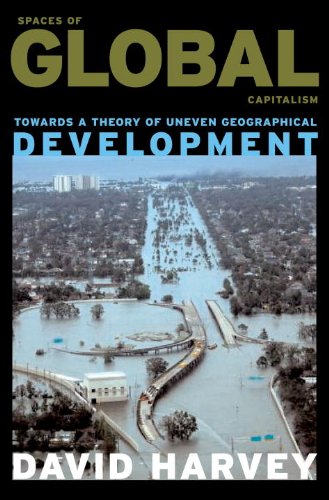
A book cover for Spaces of Global Capitalism: A Theory of Uneven Geographical Development; David Harvey; Business & Money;